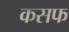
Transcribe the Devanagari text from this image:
कसफ